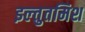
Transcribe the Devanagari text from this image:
इल्‍तुतमिश